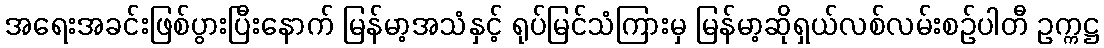
အရေးအခင်းဖြစ်ပွားပြီးနောက် မြန်မာ့အသံနှင့် ရုပ်မြင်သံကြားမှ မြန်မာ့ဆိုရှယ်လစ်လမ်းစဉ်ပါတီ ဥက္ကဋ္ဌ